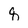
Character: q